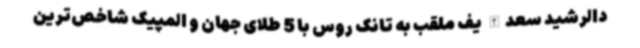
دالرشید سعدالله یف ملقب به تانک روس با 5 طلای جهان و المپیک شاخص‌ترین